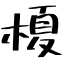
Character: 榎